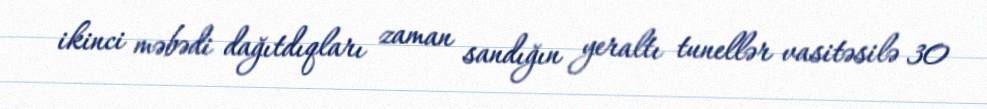
ikinci məbədi dağıtdıqları zaman sandığın yeraltı tunellər vasitəsilə 30